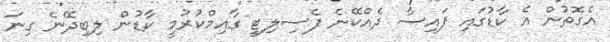
އެގޮތުން އެ ކާޑުގައި ފައިސާ ދެއްކޭނެ ފެސިލިޓީ ގާއިމްކުރުމީ ކާޑުން ލިބިދޭނެ ގިނަ